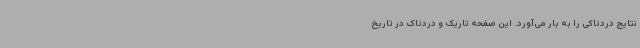
نتایج دردناکی را به بار می‌آورد. این صفحه تاریک و دردناک در تاریخ